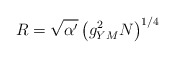
\begin{align*}R=\sqrt{\alpha'} \left( g_{YM}^2N\right)^{1/4}\end{align*}